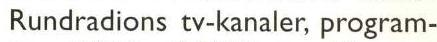
Rundradions tv-kanaler, program-